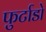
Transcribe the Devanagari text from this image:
फुर्टाडो